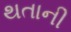
થતાની